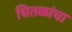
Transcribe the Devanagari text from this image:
चितळांचा